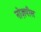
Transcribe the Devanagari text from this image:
नोज़पीस